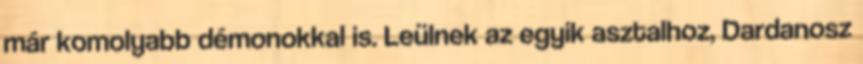
már komolyabb démonokkal is. Leülnek az egyik asztalhoz, Dardanosz